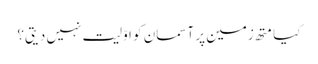
کیا متھ زمین پر آسمان کو اوّلیت نہیں دیتی؟